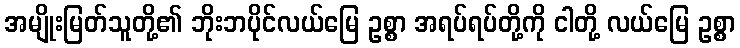
အမျိုးမြတ်သူတို့၏ ဘိုးဘပိုင်လယ်မြေ ဥစ္စာ အရပ်ရပ်တို့ကို ငါတို့ လယ်မြေ ဥစ္စာ